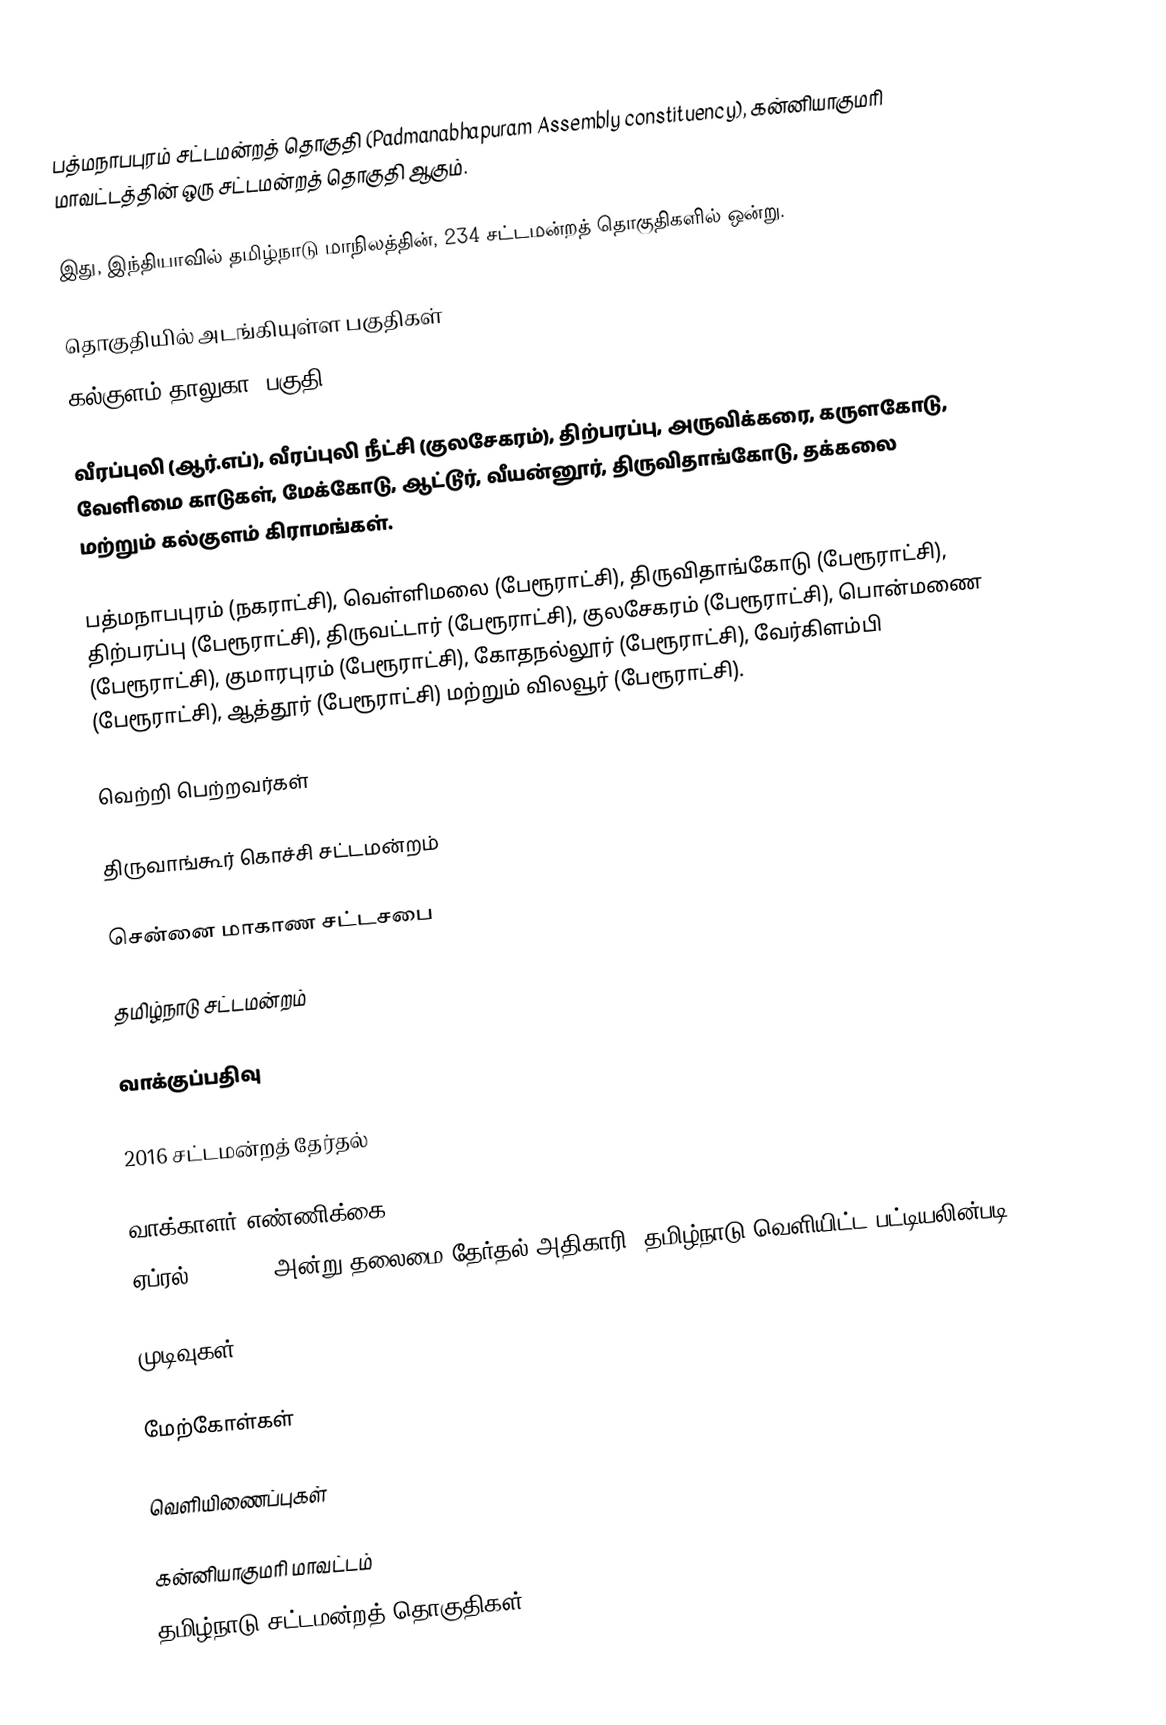
பத்மநாபபுரம் சட்டமன்றத் தொகுதி (Padmanabhapuram Assembly constituency), கன்னியாகுமரி மாவட்டத்தின் ஒரு சட்டமன்றத் தொகுதி ஆகும்.

இது, இந்தியாவில் தமிழ்நாடு மாநிலத்தின், 234 சட்டமன்றத் தொகுதிகளில் ஒன்று.

தொகுதியில் அடங்கியுள்ள பகுதிகள்
 கல்குளம் தாலுகா (பகுதி)

வீரப்புலி (ஆர்.எப்), வீரப்புலி நீட்சி (குலசேகரம்), திற்பரப்பு, அருவிக்கரை, கருளகோடு, வேளிமை காடுகள், மேக்கோடு, ஆட்டூர், வீயன்னூர், திருவிதாங்கோடு, தக்கலை மற்றும் கல்குளம் கிராமங்கள்.

பத்மநாபபுரம் (நகராட்சி), வெள்ளிமலை (பேரூராட்சி), திருவிதாங்கோடு (பேரூராட்சி), திற்பரப்பு (பேரூராட்சி), திருவட்டார் (பேரூராட்சி), குலசேகரம் (பேரூராட்சி), பொன்மணை (பேரூராட்சி), குமாரபுரம் (பேரூராட்சி), கோதநல்லூர் (பேரூராட்சி), வேர்கிளம்பி (பேரூராட்சி), ஆத்தூர் (பேரூராட்சி) மற்றும் விலவூர் (பேரூராட்சி).

வெற்றி பெற்றவர்கள்

திருவாங்கூர் கொச்சி சட்டமன்றம்

சென்னை மாகாண சட்டசபை

தமிழ்நாடு சட்டமன்றம்

வாக்குப்பதிவு

2016 சட்டமன்றத் தேர்தல்

வாக்காளர் எண்ணிக்கை
ஏப்ரல் 29, 2016 அன்று தலைமை தேர்தல் அதிகாரி, தமிழ்நாடு வெளியிட்ட பட்டியலின்படி,

முடிவுகள்

மேற்கோள்கள்

வெளியிணைப்புகள்

கன்னியாகுமரி மாவட்டம்
தமிழ்நாடு சட்டமன்றத் தொகுதிகள்